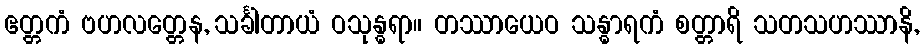
ဧတ္တကံ ဗဟလတ္တေန, သင်္ခါတာယံ ဝသုန္ဓရာ။ တဿာယေဝ သန္ဓာရကံ စတ္တာရိ သတသဟဿာနိ,